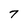
Character: 7